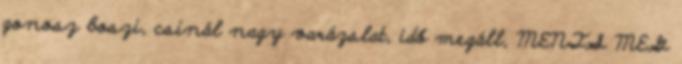
gonosz boszi, csinál nagy varázslat, idő megáll, MENTS MEG